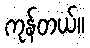
ကုန်တယ်။